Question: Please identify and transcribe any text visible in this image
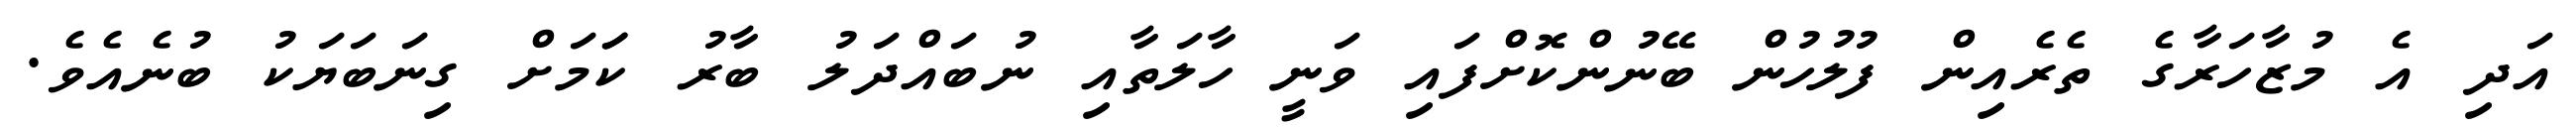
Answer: އަދި އެ މުޒާހަރާގެ ތެރެއިން ފުލުހުން ބޭނުންކޮށްފައި ވަނީ ހާލަތާއި ނުބައްދަލު ބާރު ކަަމަށް ގިނަބަޔަކު ބުނެއެވެ.